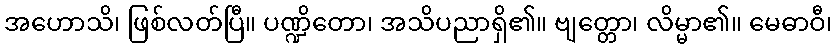
အဟောသိ၊ ဖြစ်လတ်ပြီ။ ပဏ္ဍိတော၊ အသိပညာရှိ၏။ ဗျတ္တော၊ လိမ္မာ၏။ မေဓာဝီ၊